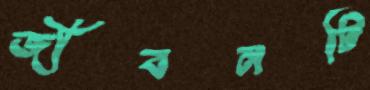
জীবনটি